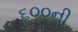
૬૦૦ની